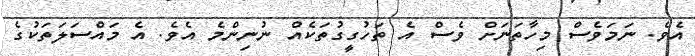
އެވެ. ނަމަވެސް މިހާތަނަށް ވެސް އެ ތަހުގީގުތަކެއް ނުނިންމެ އެވެ. އެ މައްސަލަތަކުގެ